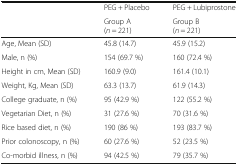
<table><thead><tr><td rowspan="2"></td><td><b>PEG + Placebo</b></td><td><b>PEG + Lubiprostone</b></td></tr><tr><td><b>Group A(<i>n</i> = 221)</b></td><td><b>Group B(<i>n</i> = 221)</b></td></tr></thead><tbody><tr><td>Age, Mean (SD)</td><td>45.8 (14.7)</td><td>45.9 (15.2)</td></tr><tr><td>Male, n (%)</td><td>154 (69.7 %)</td><td>160 (72.4 %)</td></tr><tr><td>Height in cm, Mean (SD)</td><td>160.9 (9.0)</td><td>161.4 (10.1)</td></tr><tr><td>Weight, Kg, Mean (SD)</td><td>63.3 (13.7)</td><td>61.9 (14.3)</td></tr><tr><td>College graduate, n (%)</td><td>95 (42.9 %)</td><td>122 (55.2 %)</td></tr><tr><td>Vegetarian Diet, n (%)</td><td>31 (27.6 %)</td><td>70 (31.6 %)</td></tr><tr><td>Rice based diet, n (%)</td><td>190 (86 %)</td><td>193 (83.7 %)</td></tr><tr><td>Prior colonoscopy, n (%)</td><td>60 (27.6 %)</td><td>52 (23.5 %)</td></tr><tr><td>Co-morbid illness, n (%)</td><td>94 (42.5 %)</td><td>79 (35.7 %)</td></tr></tbody></table>